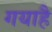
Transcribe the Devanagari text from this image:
गयाहै